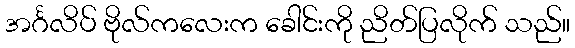
အင်္ဂလိပ် ဗိုလ်ကလေးက ခေါင်းကို ညိတ်ပြလိုက် သည်။